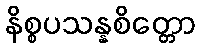
နိစ္စပသန္နစိတ္တော